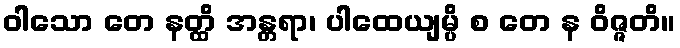
ဝါသော တေ နတ္ထိ အန္တရာ၊ ပါထေယျမ္ပိ စ တေ န ဝိဇ္ဇတိ။